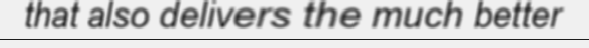
that also delivers the much better